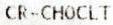
CR-CHOCLT